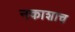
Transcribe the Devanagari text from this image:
नकाशाच